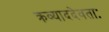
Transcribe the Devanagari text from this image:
क्रव्याददेवताः